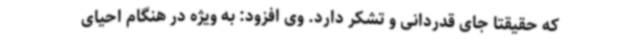
که حقیقتاً جای قدردانی و تشکر دارد. وی افزود: به ویژه در هنگام احیای